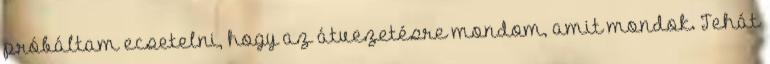
próbáltam ecsetelni, hogy az átvezetésre mondom, amit mondok. Tehát